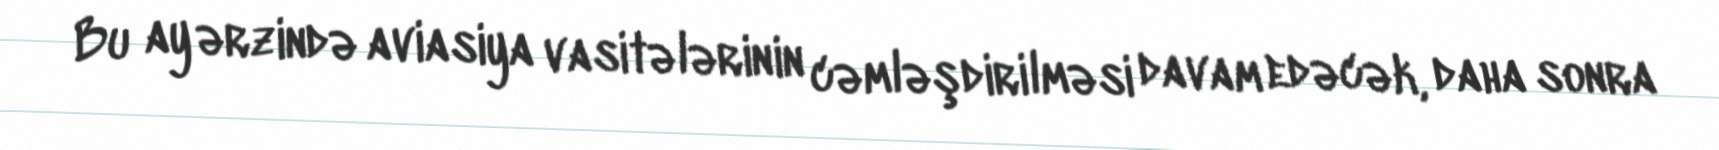
Bu ay ərzində aviasiya vasitələrinin cəmləşdirilməsi davam edəcək, daha sonra